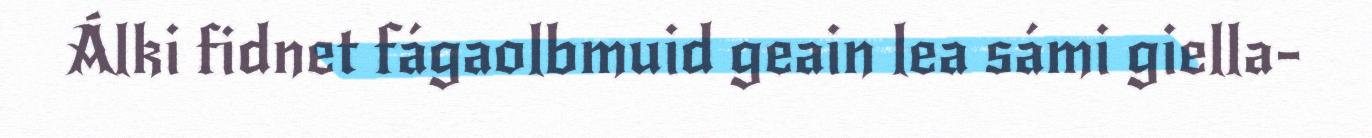
Álki fidnet fágaolbmuid geain lea sámi giella-